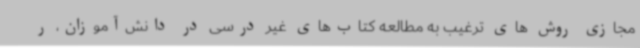
مجازی روش های ترغیب به مطالعه کتاب‌های غیر درسی در دانش‌آموزان، ر